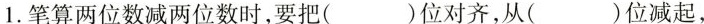
1.笔算两位数减两位数时，要把( )位对齐，从( )位减起，